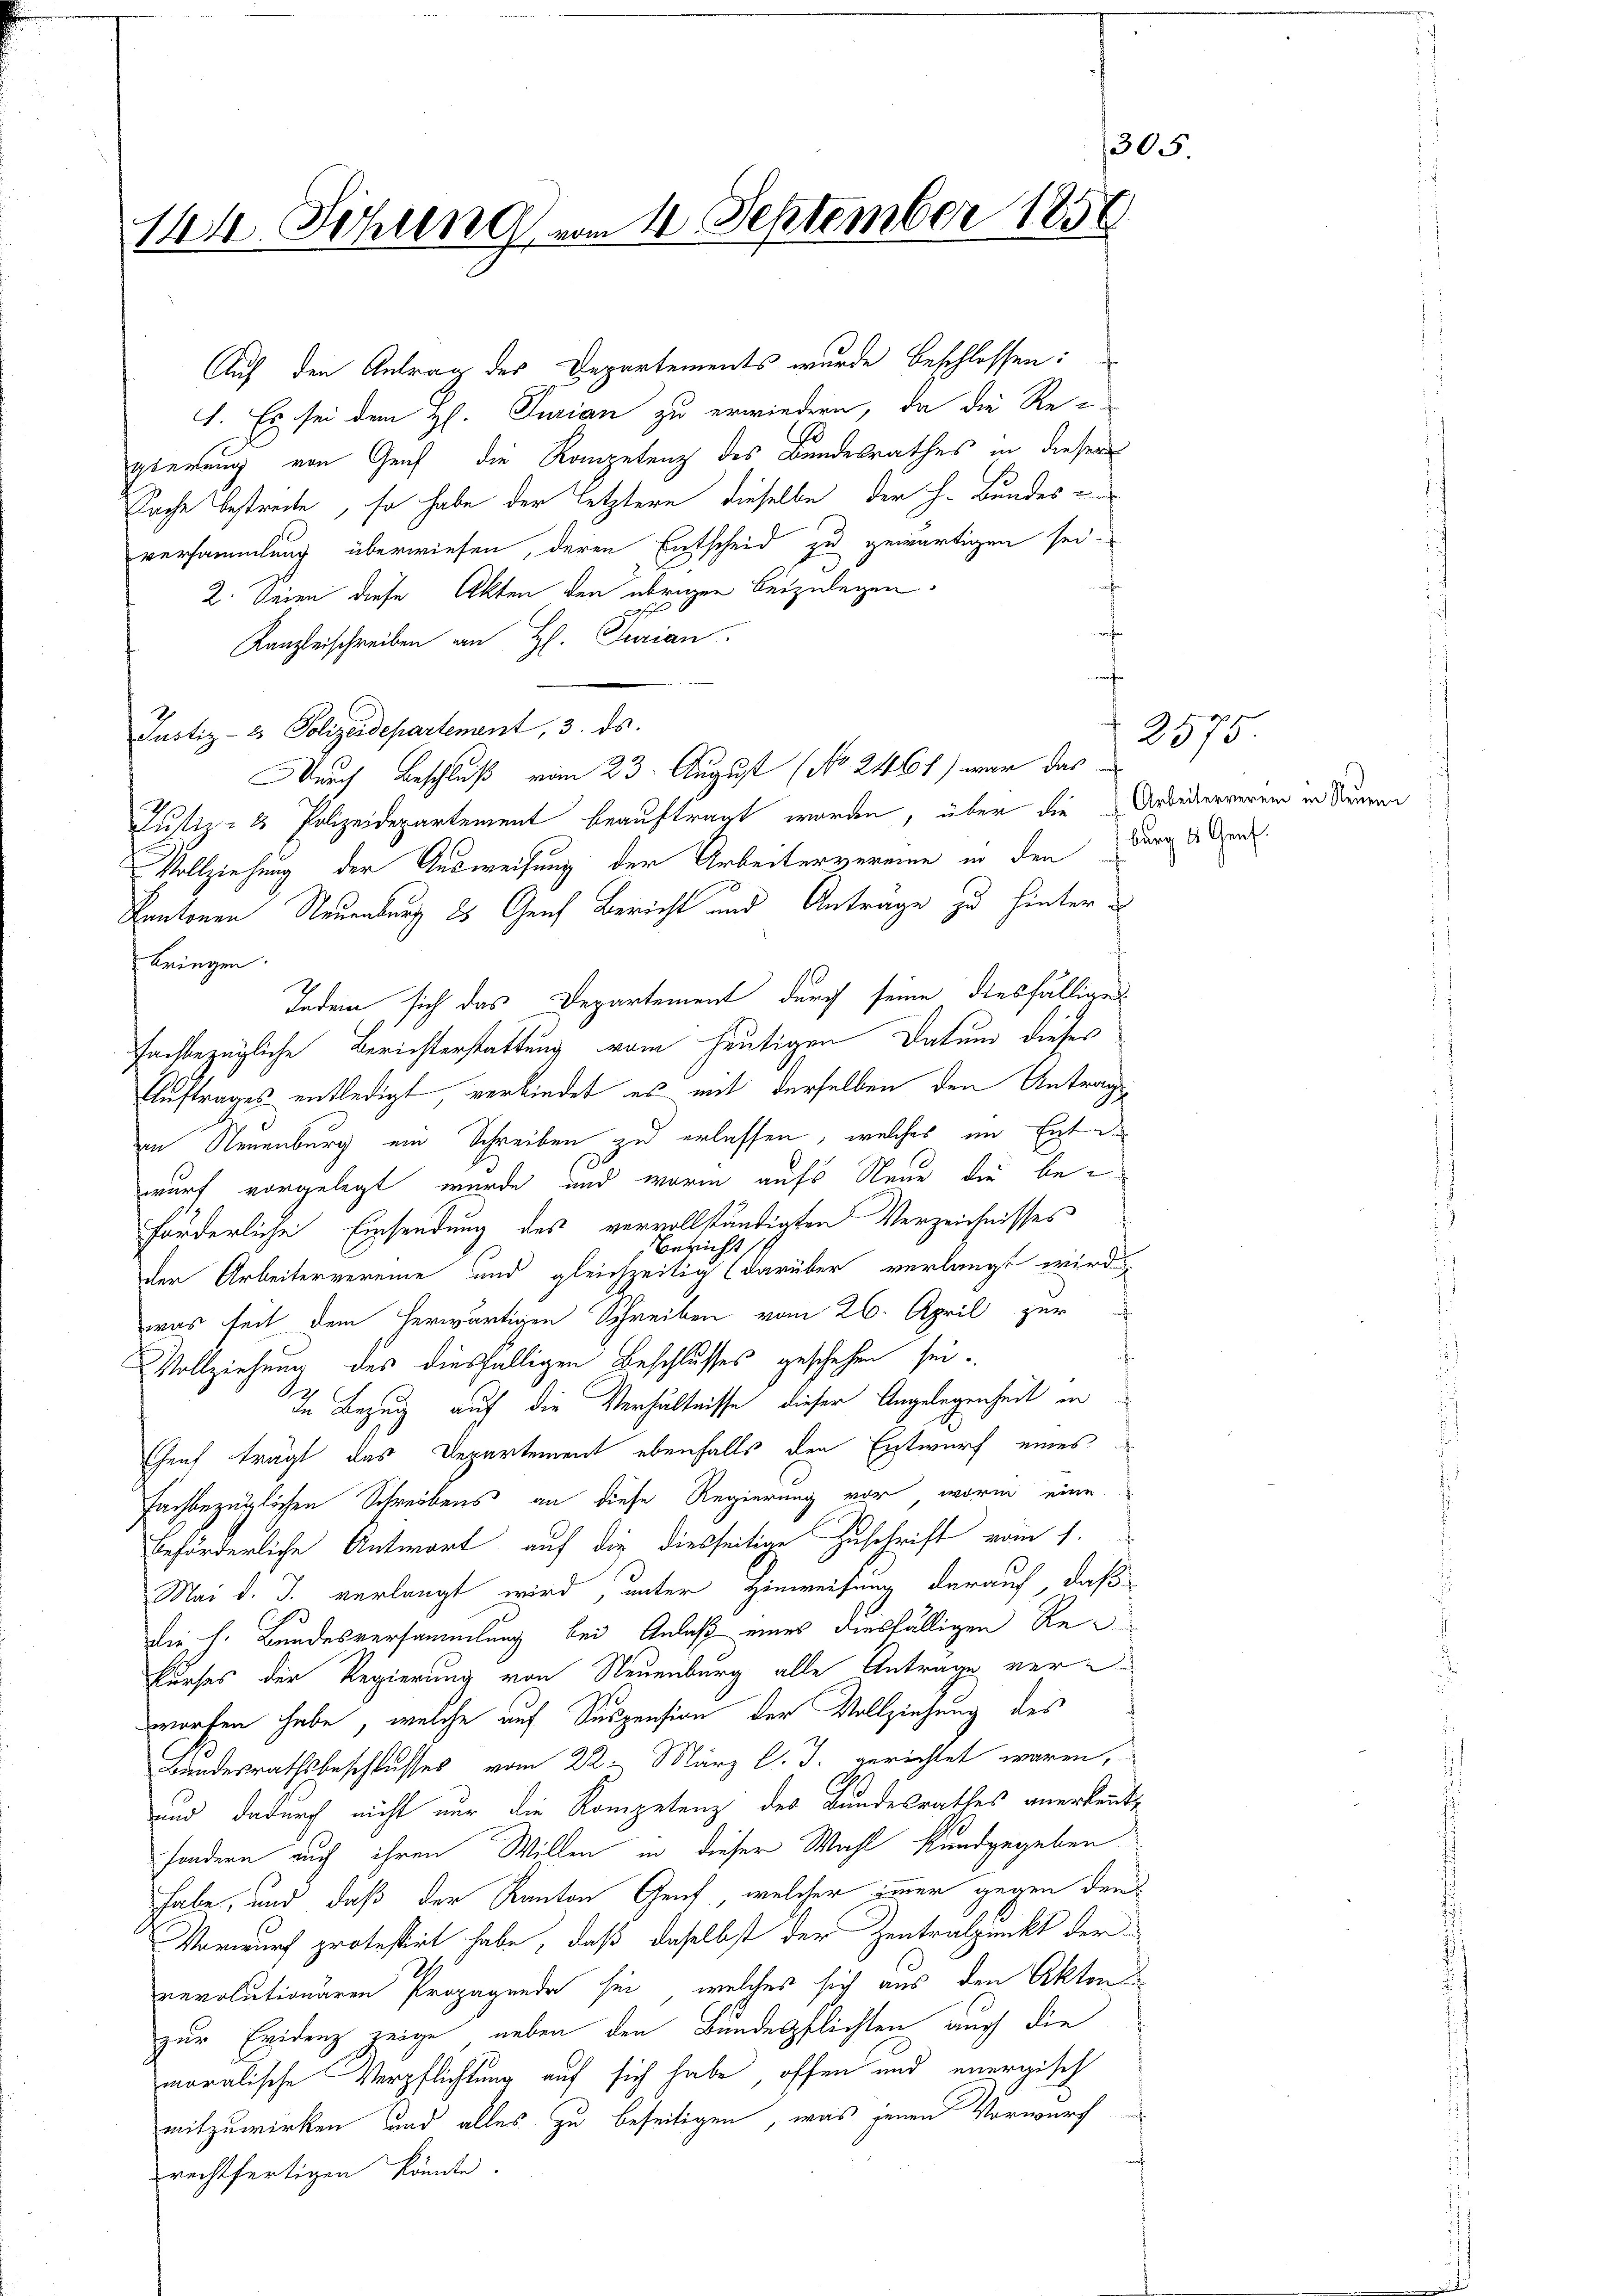
305.
144. Sitzung vom 11. September 1856

Auf den Antrag des Departements wurde beschlossen:
1. Es sei dem H. Purian zu erwiedern, da die Re-
gierung von Genf die Kompetenz des Bundesrathes in dieser
Sache bestreite, so habe der letztern dieselbe der h. Bundes
versammlung überwiesen, deren Entscheid zu gewärtigen sei e
erweisen.
2. Seien diese Akten den übrigen beizulegen.
Kanzleischreiben an H. Jurian.
Justiz- & Polizeidepartenant, 3. ds.
urch Beschluß vom 23. August (No. 2461) war das
Justiz- & Polizeidepartement beauftragt worden, über die Arbeiterneren in dauren
Vollziehung der Ausweisung der Arbeitervereine in den Bern der
Kantonen Neuenburg 25 Genf Bericht und Anträge zu hinterbringen.
Jedem sich das Departement durch seine diesfällige
fachbezügliche Berichterstattung vom heutigen Datum dieses
Auftrages entledigt, verbindet es mit derselben den Antrag
in Neuenburg ein Schreiben zu erlassen, welches im Ente
wurf vorgelegt wurde, und worin aufs Neue die beförderliche Einsendung des vervollständigten Verzeichnisses
Bericht
der Arbeitervereine und gleichzeitig darüber verlangt wird,
was seit dem herwärtigen Schreiben vom 26. April zur
Vollziehung des diesfälligen Beschlusses geschehen sei.
In Bezug auf die Verhältnisse dieser Angelegenheit in
Genf trägt das Departement ebenfalls den Entwurf eines
fachbezüglichen Schreibens an diese Regierung vor, worin eine
beförderliche Antwort auf die diesseitige Zuschrift vom 1.
Mai d. J. verlangt wird, unter Hinweisung darauf, daß
Die h. Bundesversammlung bei Anlaß eines diesfälligen Rekurses der Regierung von Neuenburg alle Antrage ver-
worfen habe, welche auf Suspension der Vollziehung des
Bundesrathsbeschlusses vom 22. März l. J. gerichtet waren,
und dadurch nicht nur die Kompetenz des Bundesrathes anerkennt
sondern auch ihren Willen in dieser Wahl kundgegeben
habe, und daß der Kanton Genf, welcher immer gegen den
Vorwurf protestirt habe, daß daselbst der Zentralpunkt der
revolutionären Propagende sei, welches sich aus den Akten
zur Evidenz zeige, neben den Bundespflichten auch die
moralische Verpflichtung auf sich habe, offen und unergisch
mitzuwirken und alles zu beseitigen, was jenen Vorwurf
rechtfertigen könnte.

t

2575